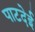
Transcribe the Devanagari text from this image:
पाटदेई